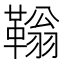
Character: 䩺